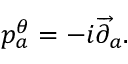
p _ { a } ^ { \theta } = - i \overrightarrow { \partial } _ { a } .